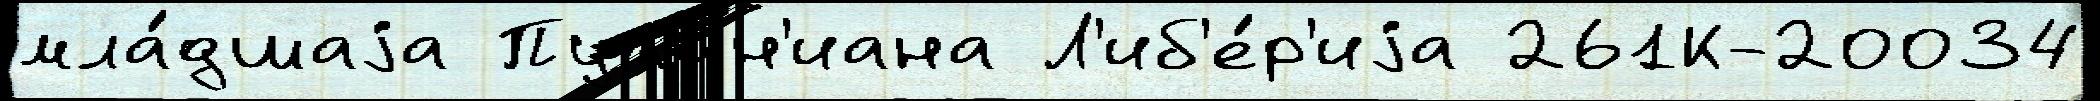
мла́дшаjа Пут'ин'иана Л'иб'е́р'иjа 261К-20034